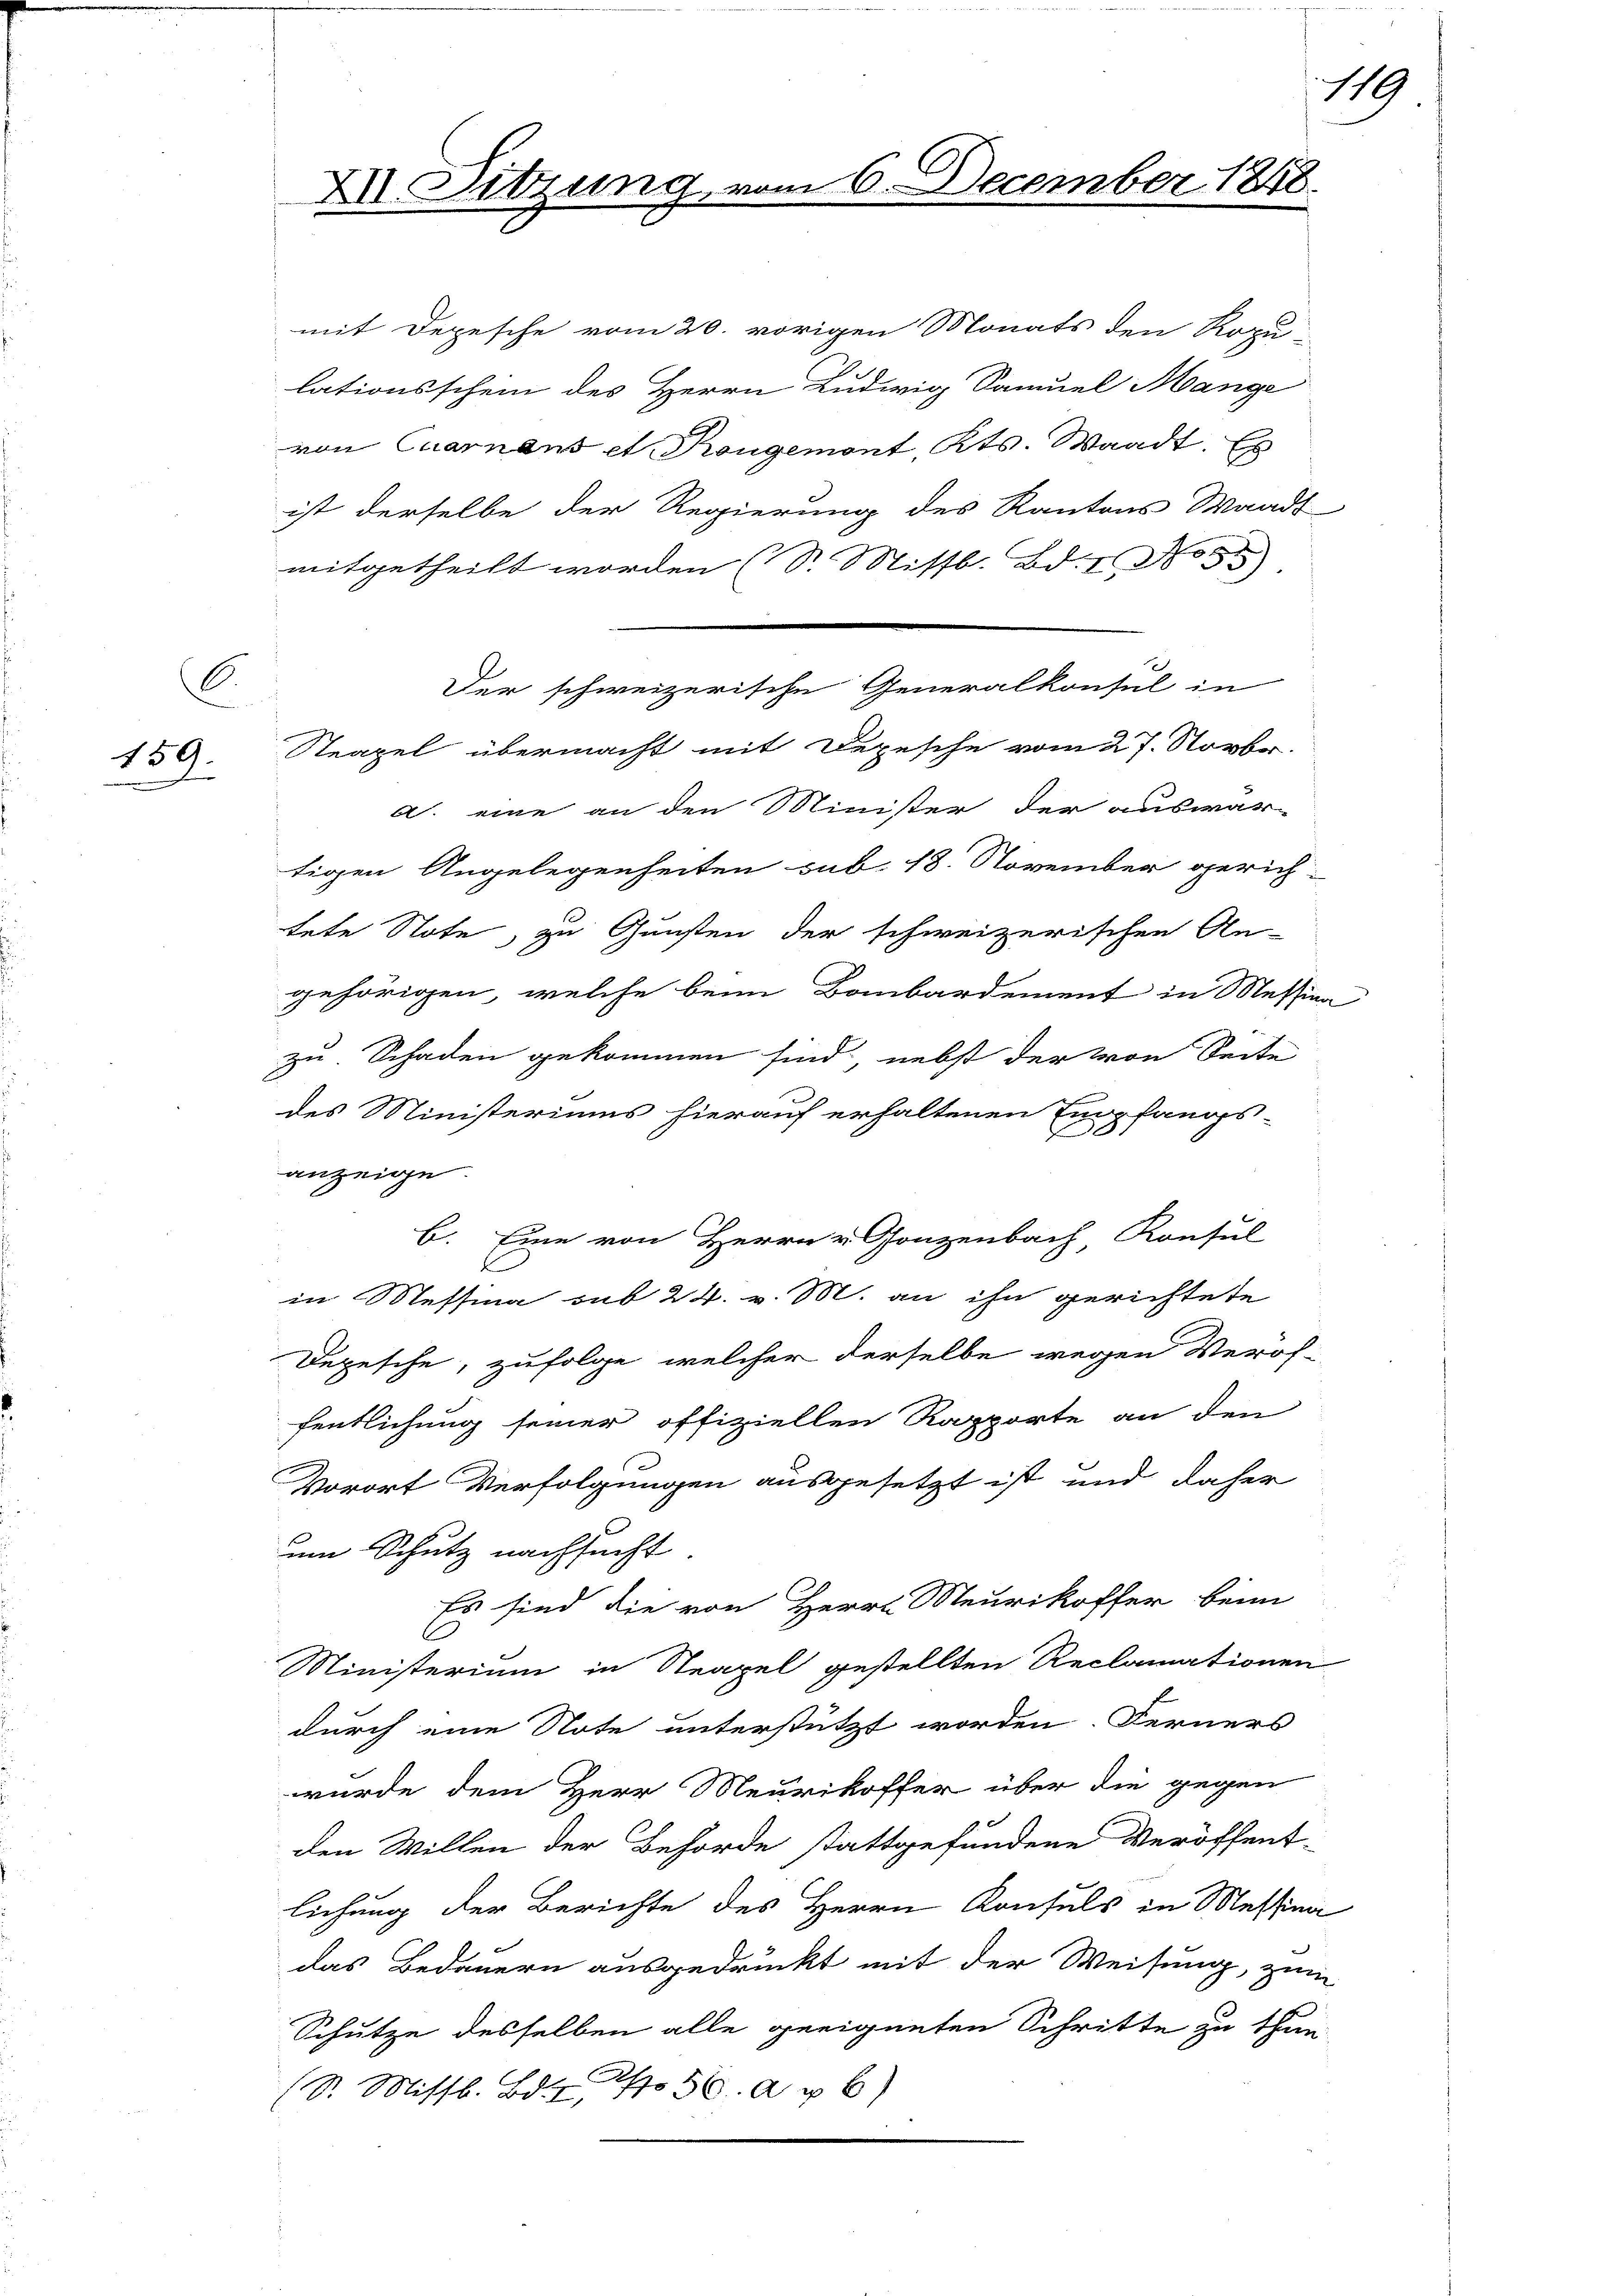
C.
159.

X Sitzung vom 6. December 1848.

mit Depesche vom 20. vorigen Monats den Rozu-
lationsschein des Herrn Ludwig Samuel Mange
von Quarnaus et Rangemont, Kts. Waadt. Es
ist derselbe der Regierung des Kantons Waadt
mitgetheilt worden (S. Missb. Bd.
Steapel übermacht mit Depesche vom 27. Novbr.
a. eine an den Minister der auswar-
tigen Angelegenheiten sub. 18. November gerichtete Note, zu Gunsten der schweizerischen An-
gehörigen, welche beim Baubardement in Messin
zu Schaden gekommen sind, nebst der von Seite
des Ministeriums hierauf erhaltenen Empfangs-
d
anzeige.
b. Eine von Herrn v. Gonzenbach Konsul
s
in Messina sub 24. v. M. an ihn gerichtete
Depesche, zufolge, welcher derselbe wegen Veröffentlichung seiner offiziellen Rapporte an den
Vorort Verfolgungen ausgesetzt ist und daher
um Schutz nachsucht.
Es sind die von Herrn Meurikoffer beim
Ministerium in Strapel gestellten Reclamationen
durch eine Note unterstützt worden. Ferners
wurde dem Herr Meurikoffer über die gegen
den Willen der Behörde stattgefundene Veröffent-
lichung der Berichte des Herrn Konsuls in Messina
das Bedauern ausgedruckt mit der Weisung, zum
Schutze desselben alle geeigneten Schritte zu thun
(S. Missb. Bd. 156. Ap 6)

Der schweizerische Generalkonsul in

2

119.